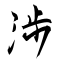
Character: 渉